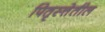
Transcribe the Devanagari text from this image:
पितृस्त्तेतील